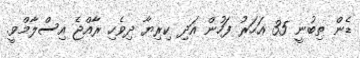
ޑެން ތިބުނީ 35 އަހަރު ފަހުން އަދި ކިރިޔާ ދިވެހި ރާއްޖެ އިސްލާމްވީ.